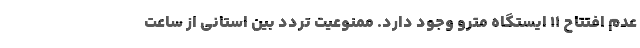
عدم افتتاح ۱۱ ایستگاه مترو وجود دارد. ممنوعیت تردد بین استانی از ساعت